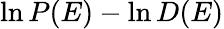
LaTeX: \ln P(E)-\ln D(E)